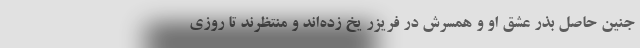
جنین حاصل بذر عشق او و همسرش در فریزر یخ زده‌اند و منتظرند تا روزی